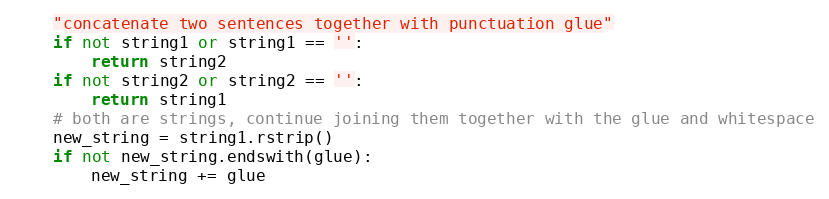
Language: Python
    "concatenate two sentences together with punctuation glue"
    if not string1 or string1 == '':
        return string2
    if not string2 or string2 == '':
        return string1
    # both are strings, continue joining them together with the glue and whitespace
    new_string = string1.rstrip()
    if not new_string.endswith(glue):
        new_string += glue